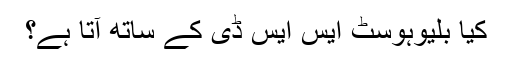
کیا بلیوہوسٹ ایس ایس ڈی کے ساتھ آتا ہے؟